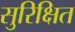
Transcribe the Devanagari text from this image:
सुरिक्षित